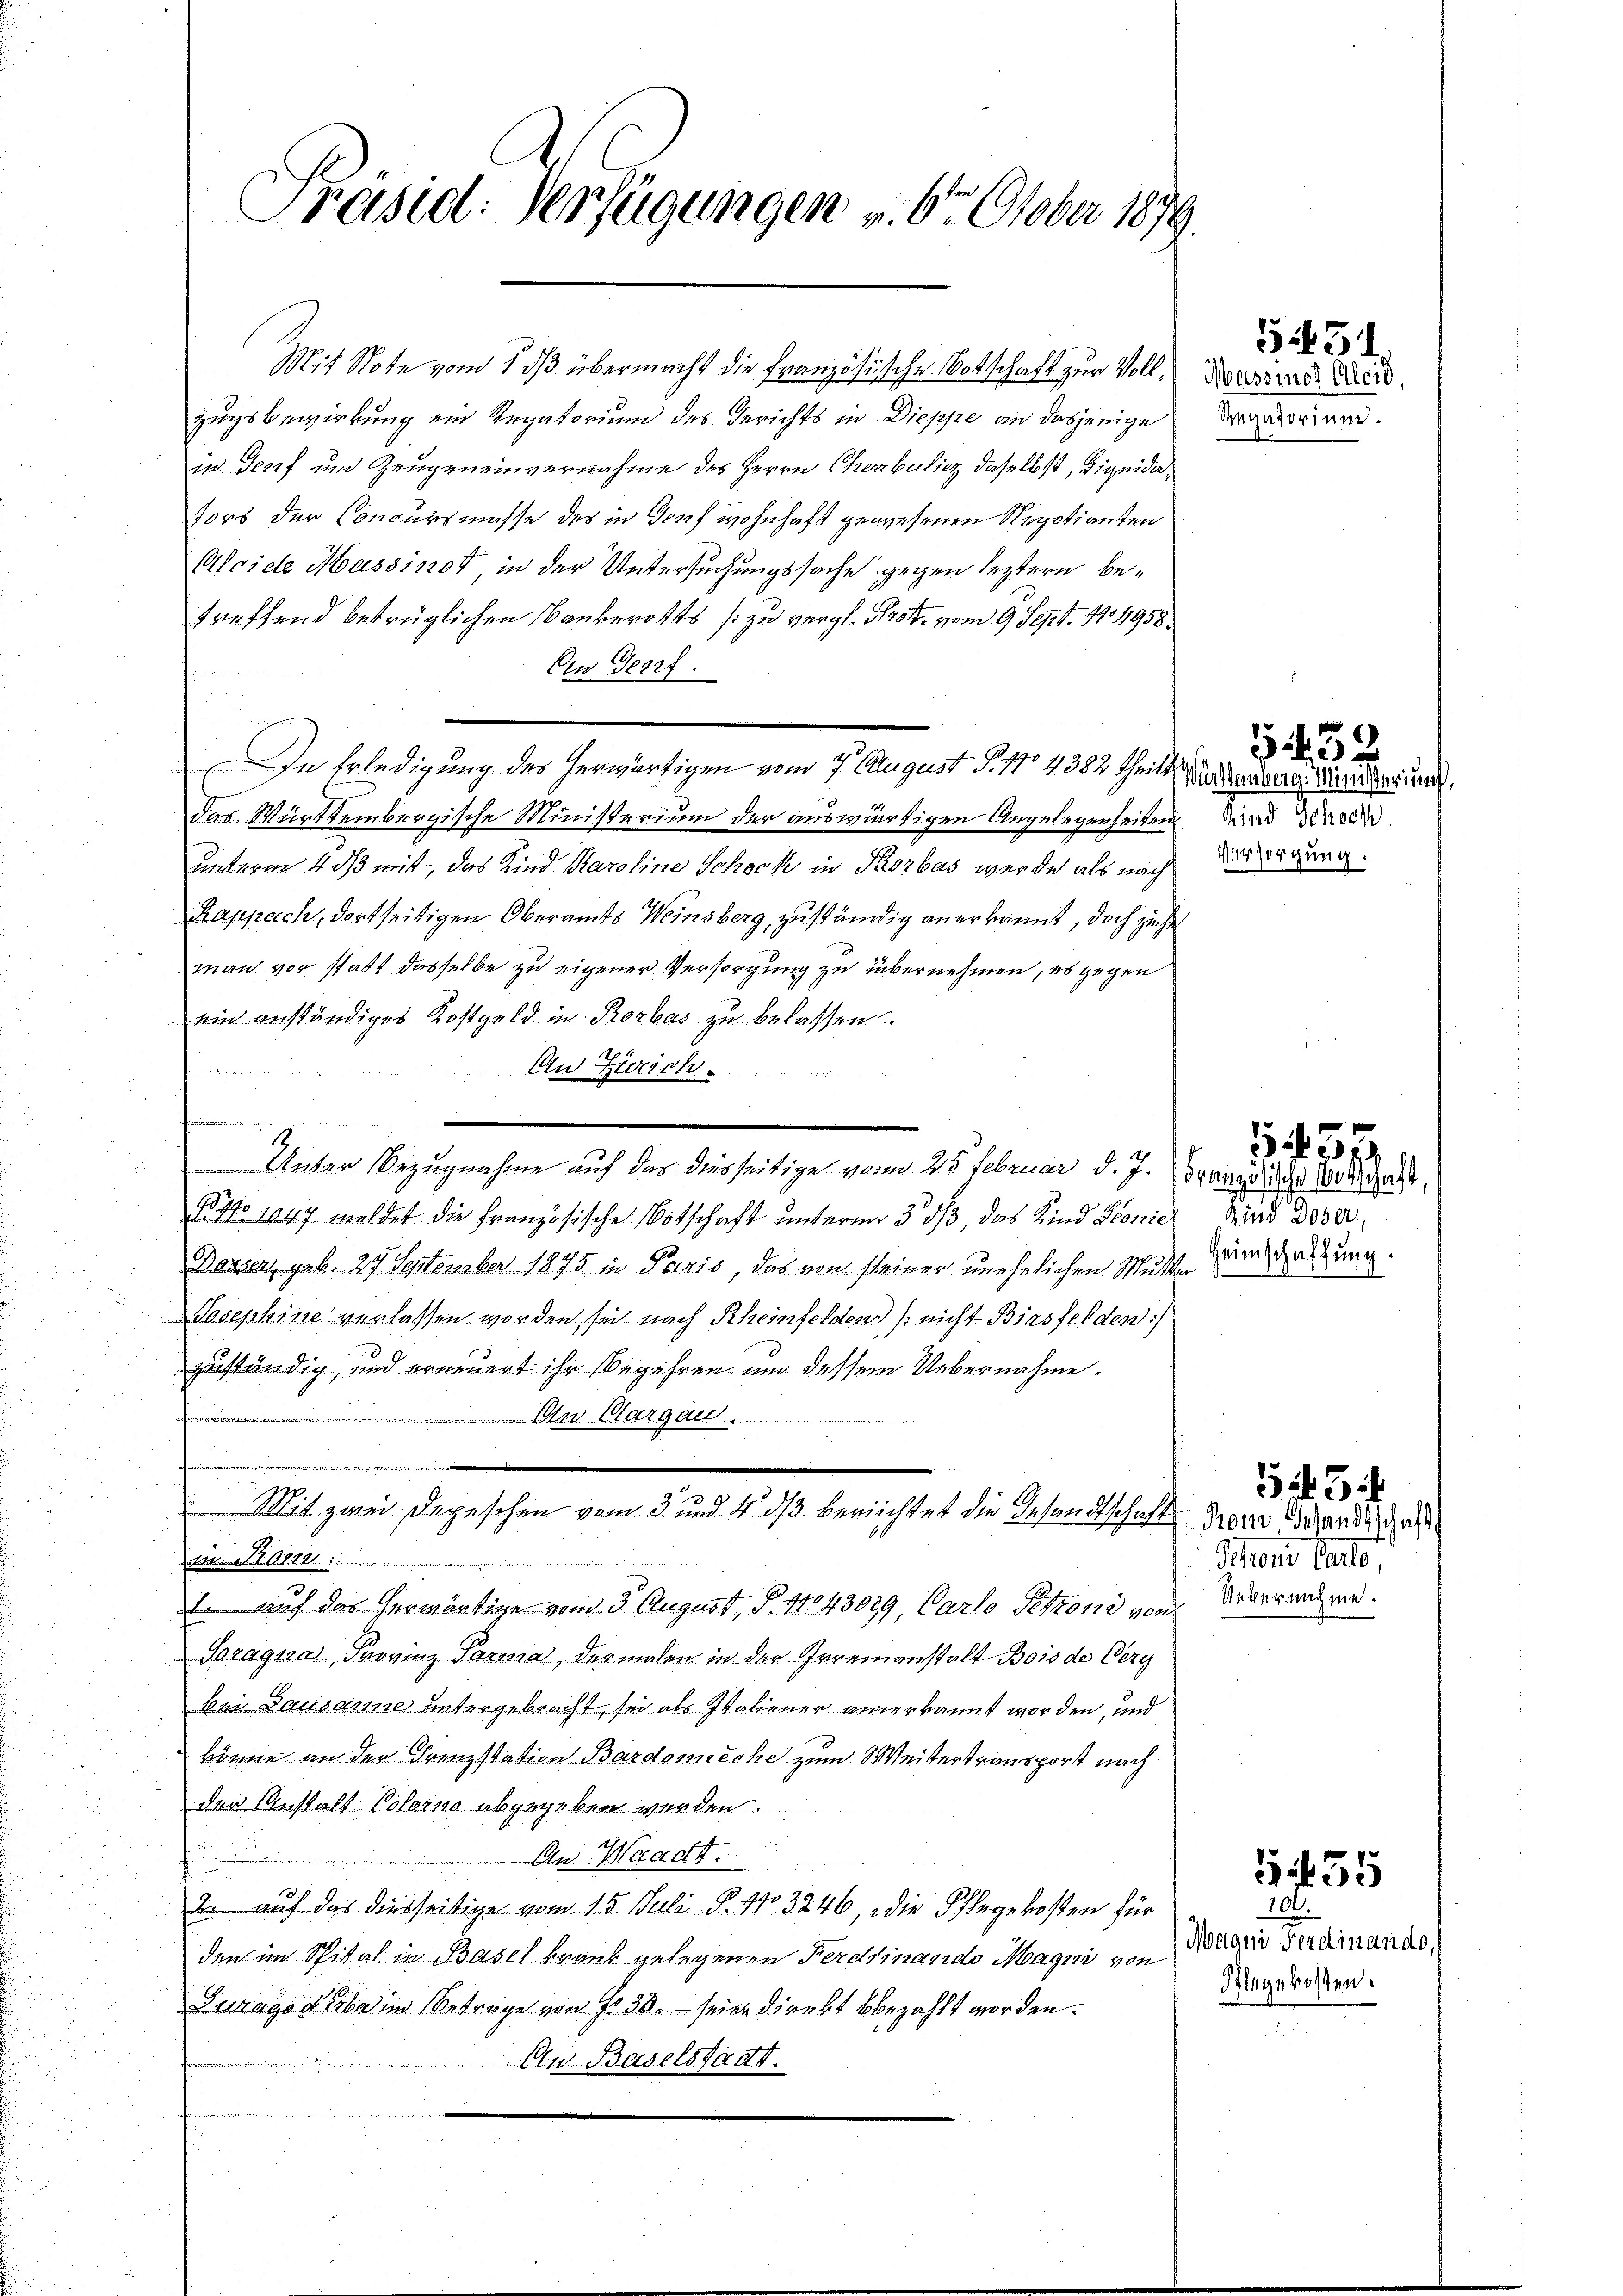
Präsid: Verfügungen v. 6. October 1879.

Mit Note vom 1. daß übermacht die Französische Botschaft zur Voll-Kassende Euere
zugsbewirkung ein Regatorium des Gerichts in Dieppe an dasjenige
in Josef um Zeugeneinvernahme des Herrn Cherbeliez daselbst, Liquidators der Concursmasse des in Genf wohnhaft gewesenen Negotiansten
Alcide Massin in der Untersuchungssache gegen leztern betreffend betrüglichen Bankerotts [zu vergl. § 25. vom 9. Sept. 1704958.
Ein Genf
In Erledigung des herwärtigen vom 7. August P. 170 4382 theilt
das Württembergische Ministerium der auswärtigen Angelegenheiten und Schrein
unterm 4 dß mit, das Kind Karoline Schock in Rorbas werde als nach Besorgung.
Rappach, dortseitigen Oberamts Weinsberg, zuständig anerkannt, doch ziehe
man vor statt dasselbe zu eigener Versorgung zu übernehmen, es gegen
ein anständiges Kostgeld in Rorbas zu belassen.
hin aus. So tierter den in
Au Zürich.
t
s
Unter Bezugnahme auf das diesseitige vom 28 Februar d. J. Brand diche vorgest
§89 1847 meldet die französische Botschaft unterm 3. ds, das Kind Pionie
Deuser, geb. 27. September 1875 in Paris, das von steiner unehelichen Mitte im Gattung.
Josephine verlassen worden, sei nach Rheinfelden) nicht Binsfelden:/
zuständig, und erneuert ihr Begehren um dessem Uebernahme.
n
An Margau ....
ise einen eine
Mit zwei Depeschen vom 3. und 4. ds berichtet die Gesandtschaft der Gesandte des
m. Satz.

 auf das herwärtige vom 3. August, S. 11043029, Carle Petzoni von
Soragna, Provinz Parma, dermalen in der Irrenanstalt Bois de Verg
bei Dausanne untergebracht, sei als Italiener anerkannt worden, und
könne an der Grenzstation Bardonecke zum Weitertransporst nach
der Anstalt Poloino abgegeben werden.
An Waadt.

2. auf das diesseitige vom 15. Juli. P. 11. 3246, die Pflegekosten für
den im Spital in Basel krank gelegenen Ferdinando Magni von
Zuzago Kerbe im Betrage von Fr. 38. — seien direkt bbezahlt worden.
An Baselstadt.

Regatorium.

Württemberg. Ministerium

32

5431.

Kind Doser,

Schoris hattet,
Uebernahme.

545.

335

100.
Magui Ferdinando,
Pflegekosten.

455